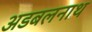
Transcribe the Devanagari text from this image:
अडबलनाथ